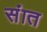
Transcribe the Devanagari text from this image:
संात